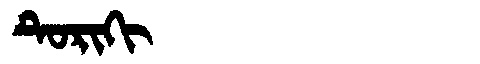
Manchu: ᡨᡠᡵᡳᡴᡳ
Romanization: TURIKI